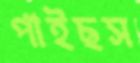
পাইছস